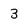
Character: 3